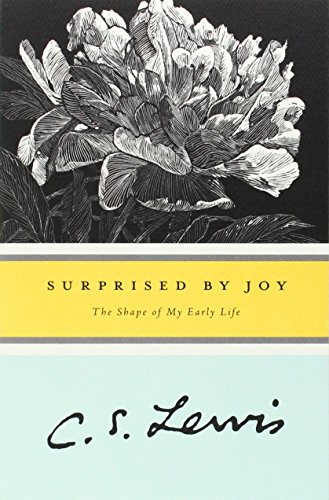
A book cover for Surprised by Joy: The Shape of My Early Life; C. S. Lewis; Biographies & Memoirs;